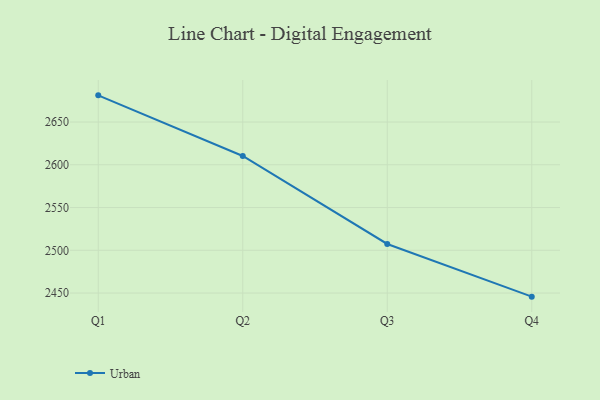
{"axis": {"x": "Quarter", "y": "LTV (USD)"}, "legend": ["Urban"], "data": [{"x": "Q1", "y": 2681.2, "type": "Urban"}, {"x": "Q2", "y": 2610.3, "type": "Urban"}, {"x": "Q3", "y": 2507.4, "type": "Urban"}, {"x": "Q4", "y": 2445.8, "type": "Urban"}]}